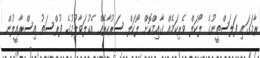
ރާމަގައި ފަލަސްތީނުގެ ލޯކަލް ވެރިކަމެއް ގާއިމްކޮށް ލޯކަލް ސަރުކާރެއް އެކުލަވާލުމުގެ ފުރްސަތު އިސްރާއީލުން